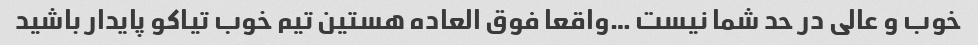
خوب و عالی در حد شما نیست …واقعا فوق العاده هستین تیم خوب تیاکو پایدار باشید